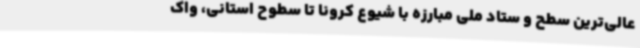
عالی‌ترین سطح و ستاد ملی مبارزه با شیوع کرونا تا سطوح استانی، واک